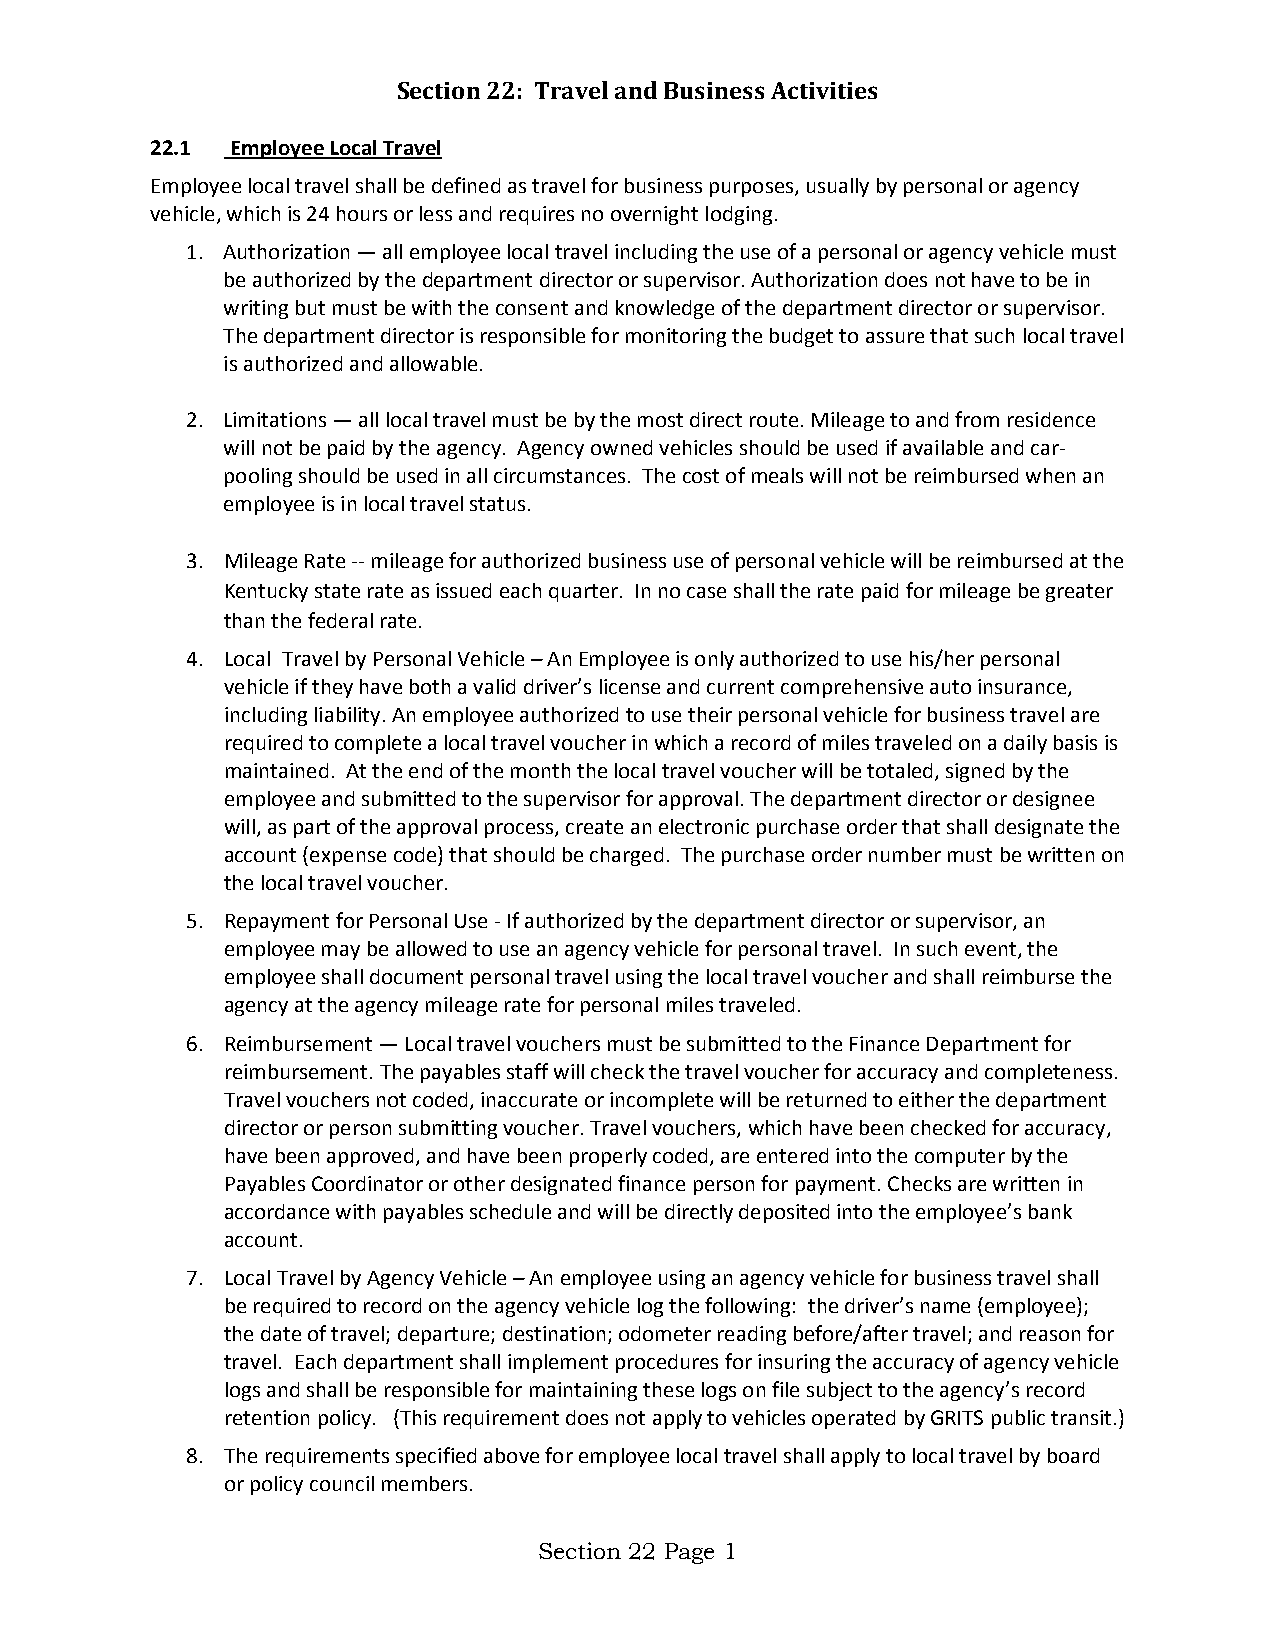
Section 22: Travel and Business Activities
 22.1 Employee Local Travel
 Employee local travel shall be defined as travel for business purposes, usually by personal or agency
 vehicle, which is 24 hours or less and requires no overnight lodging.
 1. Authorization — all employee local travel including the use of a personal or agency vehicle must
 be authorized by the department director or supervisor. Authorization does not have to be in
 writing but must be with the consent and knowledge of the department director or supervisor.
 The department director is responsible for monitoring the budget to assure that such local travel
 is authorized and allowable.
 2. Limitations — all local travel must be by the most direct route. Mileage to and from residence
 will not be paid by the agency. Agency owned vehicles should be used if available and car-
 pooling should be used in all circumstances. The cost of meals will not be reimbursed when an
 employee is in local travel status.
 3. Mileage Rate -- mileage for authorized business use of personal vehicle will be reimbursed at the
 Kentucky state rate as issued each quarter. In no case shall the rate paid for mileage be greater
 than the federal rate.
 4. Local Travel by Personal Vehicle – An Employee is only authorized to use his/her personal
 vehicle if they have both a valid driver’s license and current comprehensive auto insurance,
 including liability. An employee authorized to use their personal vehicle for business travel are
 required to complete a local travel voucher in which a record of miles traveled on a daily basis is
 maintained. At the end of the month the local travel voucher will be totaled, signed by the
 employee and submitted to the supervisor for approval. The department director or designee
 will, as part of the approval process, create an electronic purchase order that shall designate the
 account (expense code) that should be charged. The purchase order number must be written on
 the local travel voucher.
 5. Repayment for Personal Use - If authorized by the department director or supervisor, an
 employee may be allowed to use an agency vehicle for personal travel. In such event, the
 employee shall document personal travel using the local travel voucher and shall reimburse the
 agency at the agency mileage rate for personal miles traveled.
 6. Reimbursement — Local travel vouchers must be submitted to the Finance Department for
 reimbursement. The payables staff will check the travel voucher for accuracy and completeness.
 Travel vouchers not coded, inaccurate or incomplete will be returned to either the department
 director or person submitting voucher. Travel vouchers, which have been checked for accuracy,
 have been approved, and have been properly coded, are entered into the computer by the
 Payables Coordinator or other designated finance person for payment. Checks are written in
 accordance with payables schedule and will be directly deposited into the employee’s bank
 account.
 7. Local Travel by Agency Vehicle – An employee using an agency vehicle for business travel shall
 be required to record on the agency vehicle log the following: the driver’s name (employee);
 the date of travel; departure; destination; odometer reading before/after travel; and reason for
 travel. Each department shall implement procedures for insuring the accuracy of agency vehicle
 logs and shall be responsible for maintaining these logs on file subject to the agency’s record
 retention policy. (This requirement does not apply to vehicles operated by GRITS public transit.)
 8. The requirements specified above for employee local travel shall apply to local travel by board
 or policy council members.
 Section 22 Page 1